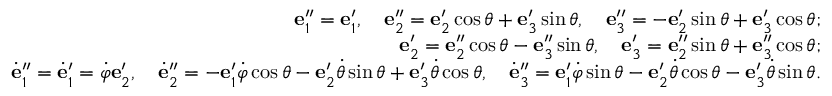
\begin{array} { r } { { \bf e } _ { 1 } ^ { \prime \prime } = { \bf e } _ { 1 } ^ { \prime } , \quad { \bf e } _ { 2 } ^ { \prime \prime } = { \bf e } _ { 2 } ^ { \prime } \cos \theta + { \bf e } _ { 3 } ^ { \prime } \sin \theta , \quad { \bf e } _ { 3 } ^ { \prime \prime } = - { \bf e } _ { 2 } ^ { \prime } \sin \theta + { \bf e } _ { 3 } ^ { \prime } \cos \theta ; } \\ { { \bf e } _ { 2 } ^ { \prime } = { \bf e } _ { 2 } ^ { \prime \prime } \cos \theta - { \bf e } _ { 3 } ^ { \prime \prime } \sin \theta , \quad { \bf e } _ { 3 } ^ { \prime } = { \bf e } _ { 2 } ^ { \prime \prime } \sin \theta + { \bf e } _ { 3 } ^ { \prime \prime } \cos \theta ; } \\ { \dot { \bf e } _ { 1 } ^ { \prime \prime } = \dot { \bf e } _ { 1 } ^ { \prime } = \dot { \varphi } { \bf e } _ { 2 } ^ { \prime } , \quad \dot { \bf e } _ { 2 } ^ { \prime \prime } = - { \bf e } _ { 1 } ^ { \prime } \dot { \varphi } \cos \theta - { \bf e } _ { 2 } ^ { \prime } \dot { \theta } \sin \theta + { \bf e } _ { 3 } ^ { \prime } \dot { \theta } \cos \theta , \quad \dot { \bf e } _ { 3 } ^ { \prime \prime } = { \bf e } _ { 1 } ^ { \prime } \dot { \varphi } \sin \theta - { \bf e } _ { 2 } ^ { \prime } \dot { \theta } \cos \theta - { \bf e } _ { 3 } ^ { \prime } \dot { \theta } \sin \theta . } \end{array}